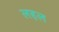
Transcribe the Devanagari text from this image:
लहल